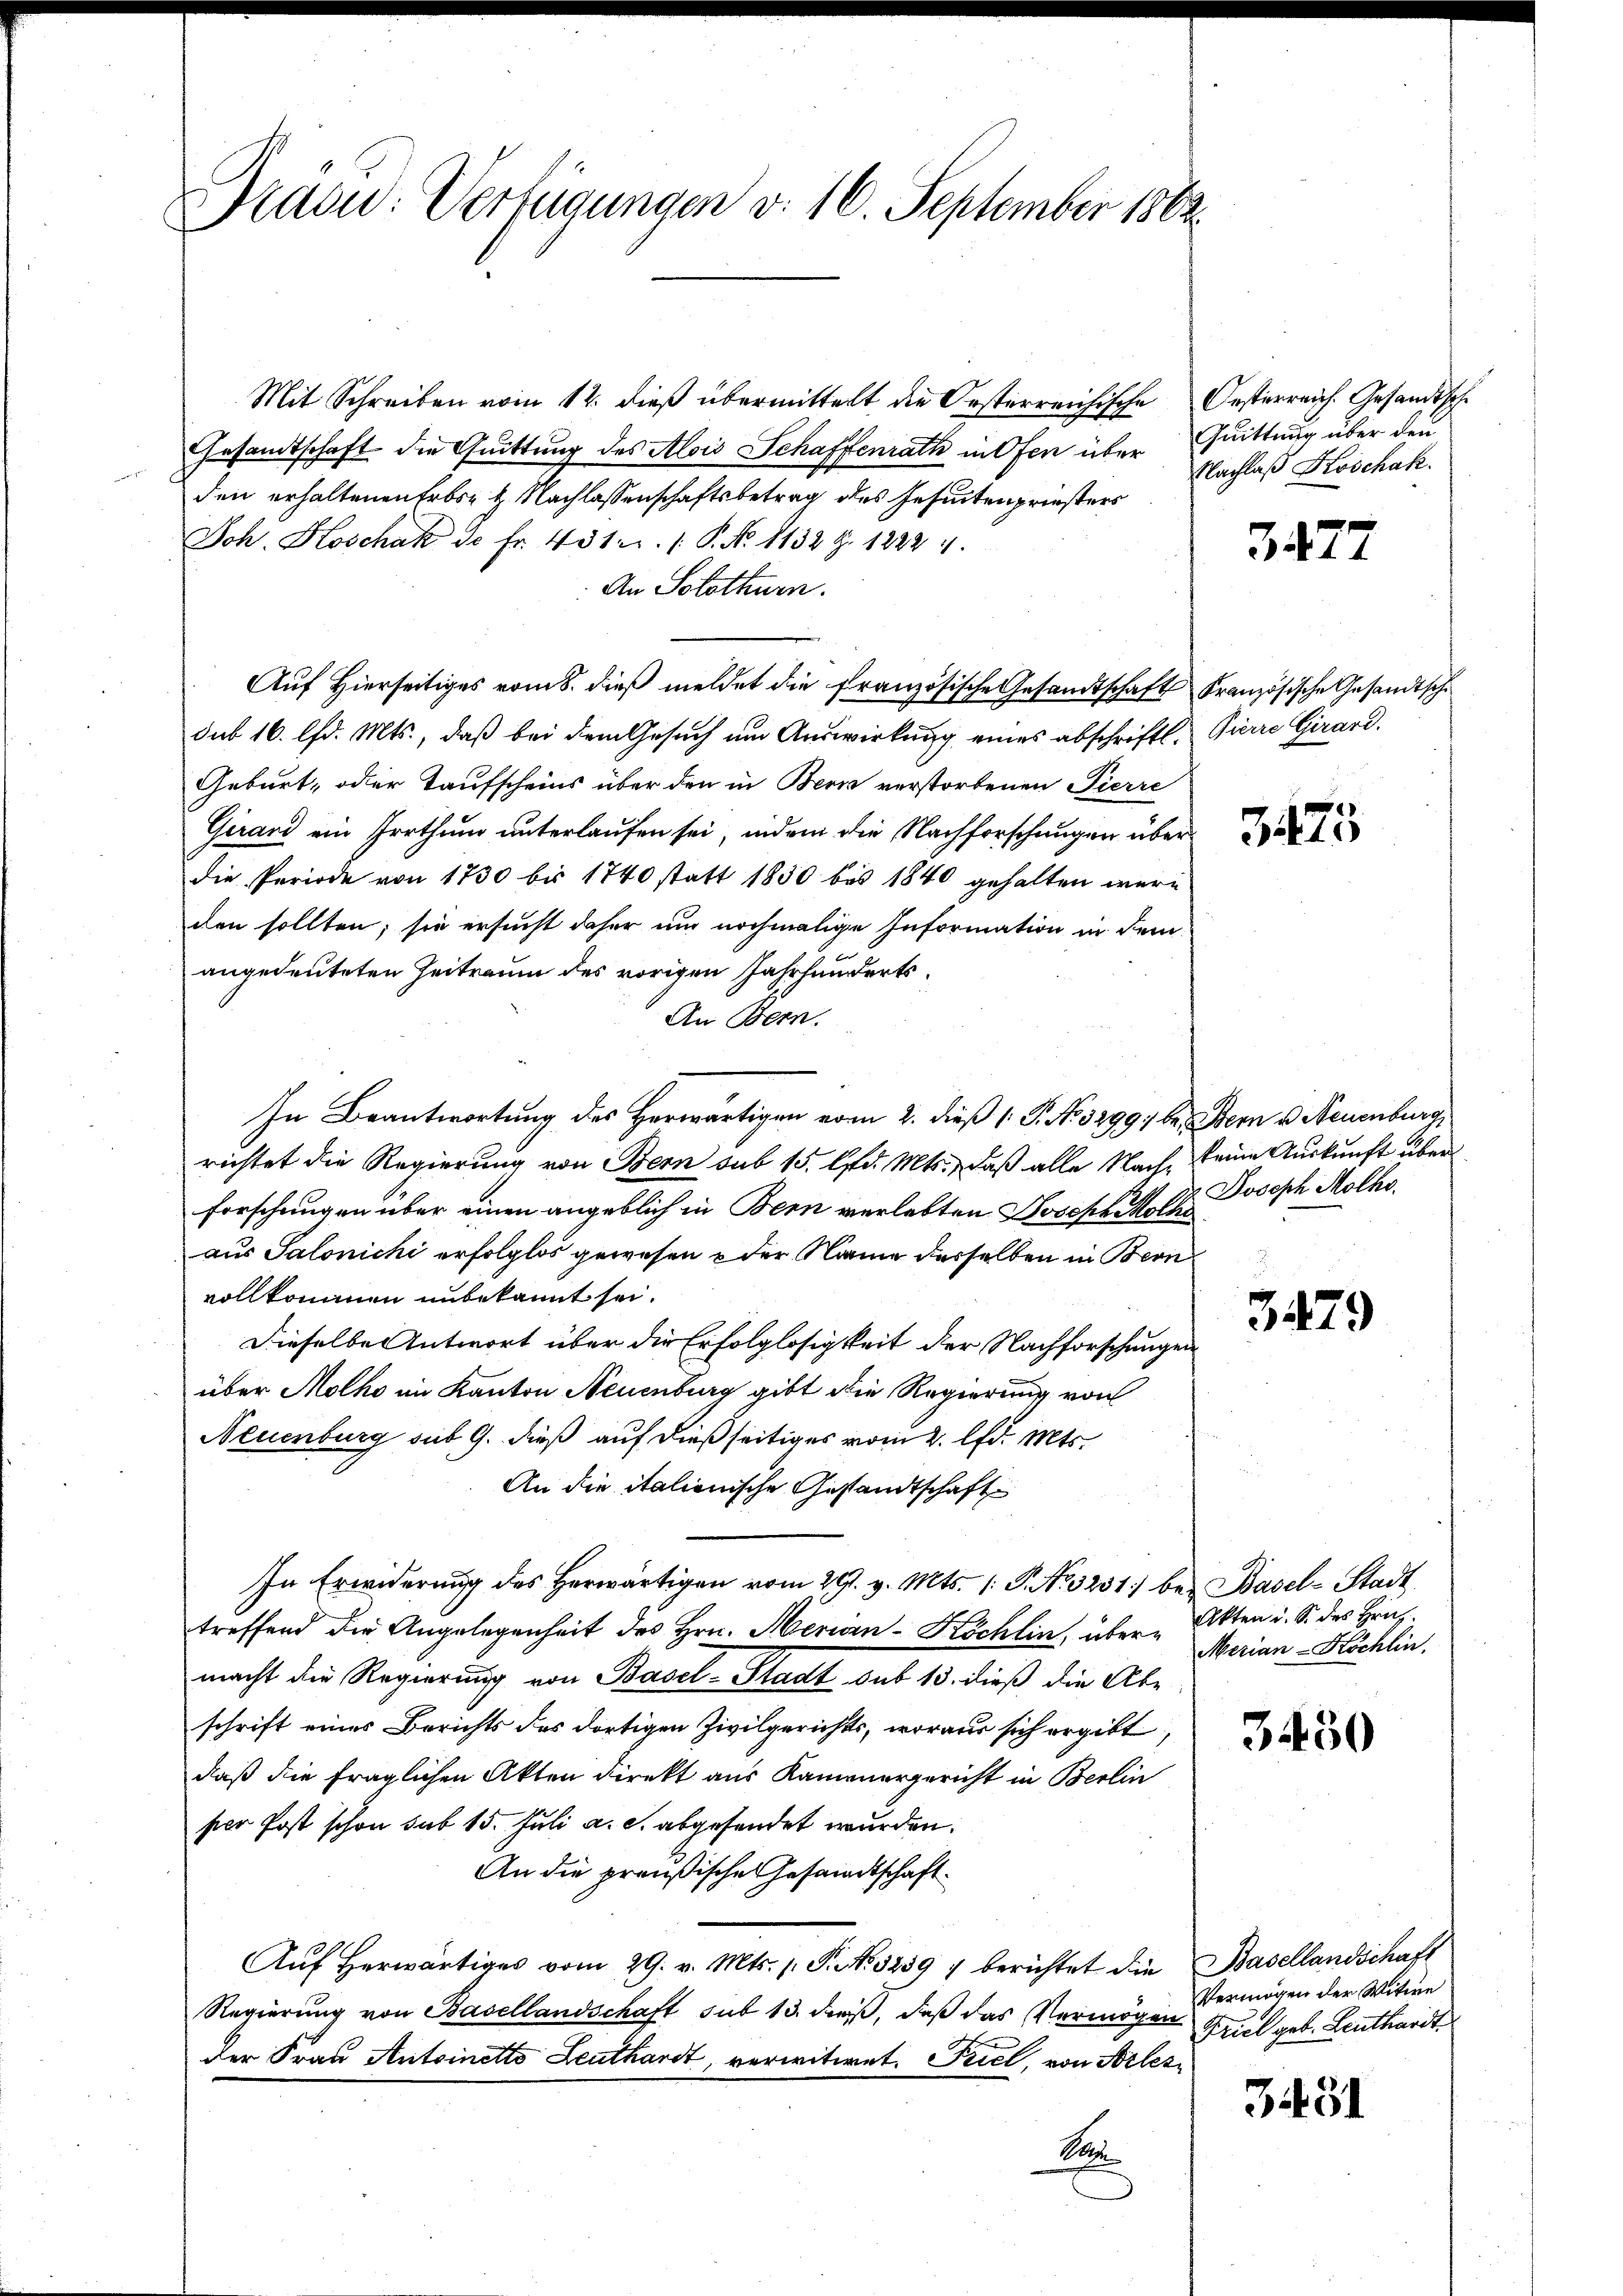
Kacid: Verfügungen v. 16. September 1882.

Mit Schreiben vom 12. dieβ übermittelt die Oesterreichische Oesterreich. Gesandtsche
Gesandtschaft die Quittung des Alois Schaffenrath in Ofen über Quittung über den
den erhaltenen Erbres Nachlassenschaftsbetrag des Gesuntenpriesters
Joh. Koschak de fr. 451. (: P. No. 1132 Z. 12224.
An Solothurn.
Aŭf Hierseitiges vom 8. dieβ meldet die französische Gesandtschaft Französische Gesandtsch
sub 16. lfd. Mts., daß bei dem Gesuch um Auswirkung eines abschriftl. Pierre Girard.
Geburt, oder Taufscheins über den in Bern verstorbenen Pierre
Girard ein Irrthum unterlaufen sei, indem die Nachforschungen überdie Periode von 1730 bis 1740 statt 1850 bis 1840 gehalten wäre
den sollten; sie ersucht daher um nochmalige Information in dem
angedeuteten Zeitraum des vorigen Jahrhunderts¬
An Bern.
In Beantwortung des Herwärtigen vom 2. dieß 1 P. No 3299, bei Bern v. Neuenburg,
richtet die Regierung von Bern sub 15. lfd. Mts., daß alle Nach eine Auskunft über
forschungen über einen angeblich in Bern verlebten Joseph Molhe
aus Salonichi erfolglos gewesen u der Name derselben in Bern
vollkommen unbekannt sei.
Dieselbe Antwort über die Erfolglosigkeit der Nachforschungen
über Molho im Kanton Neuenburg gibt die Regierung von
Neuenburg sub 9. dieß auf dießseitiges vom 2. d. Mts.
An die italienische Gestandtschaft
In Erwiderung des Herwärtigen vom 29. v. Mts. 1. P. Nr. 3231. bei Basel-Stadt
treffend die Angelegenheit des Hrn. Merin-Köchlin, übermacht die Regierung von Basel-Stadt sub 13. dieß die Abe
schrift eines Berichts des dortigen Zivilgerichts, woraus sich ergibt,
daß die fraglichen Akten direkt aus Kammergericht in Berlin
per Post schon sub 15. Juli a. c. abgesendet wurden.
An die preußische Gesandtschaft¬
Aŭf herwärtiges vom 29. v. Mts. 1 S. No 5259 1 berichtet die Basellandschaft
Regierung von Basellandschaft sub 13. dieß, daß das Vermögen
der Frau Antoinetto Leuthardt, verwitwet. Fiel, von Arles
Kan

Nachlaß Koschak.

3477

3475

Joseph Molho.

3479

Akten u. S. des Hrich.
Merian-Köchlin.

3450

Vermögen der Witwe
Friel geb. Leuthardt

34481